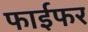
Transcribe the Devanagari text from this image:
फाईफर